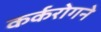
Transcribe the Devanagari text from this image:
कर्करोगने